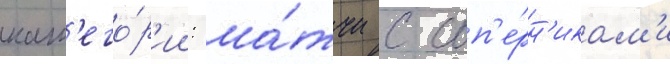
кат'его́р'ии: ма́тчи с соп'е́рн'икам'и